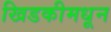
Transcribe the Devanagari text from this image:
खिडकीमधून